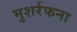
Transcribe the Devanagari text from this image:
मुशर्रफना